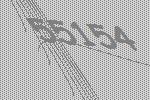
55154